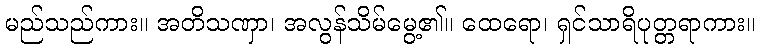
မည်သည်ကား။ အတိသဏှာ၊ အလွန်သိမ်မွေ့၏။ ထေရော၊ ရှင်သာရိပုတ္တရာကား။